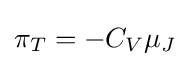
\pi _{T}=-C_{V}\mu _{J}